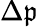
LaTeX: \Delta\mathfrak{p}